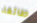
طائفة